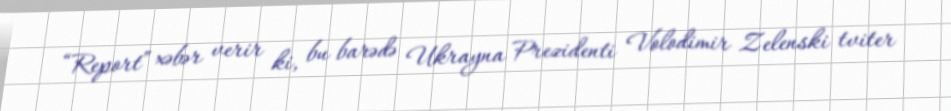
“Report” xəbər verir ki, bu barədə Ukrayna Prezidenti Volodimir Zelenski tviter